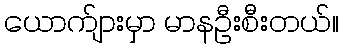
ယောက်ျားမှာ မာနဦးစီးတယ်။